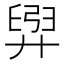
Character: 𫸟